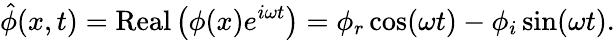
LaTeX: \hat{\phi}(x,t)=\mathrm{Real}\left(\phi(x)e^{i\omega t}\right)=\phi_{r}\cos(\omega t)-\phi_{i}\sin(\omega t).